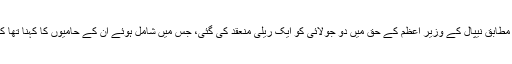
وہیں دی ہمالین میں شائع خبر کے مطابق نیپال کے وزیر اعظم کے حق میں دو جولائی کو ایک ریلی منعقد کی گئی، جس میں شامل ہوئے ان کے حامیوں کا کہنا تھا کہ ان سے استعفیٰ نہیں مانگا جائے۔